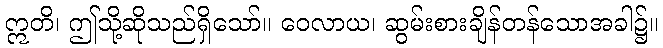
ဣတိ၊ ဤသို့ဆိုသည်ရှိသော်။ ဝေလာယ၊ ဆွမ်းစားချိန်တန်သောအခါ၌။